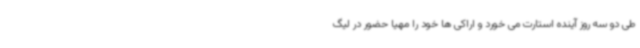
طی دو سه روز آینده استارت می خورد و اراکی ها خود را مهیا حضور در لیگ